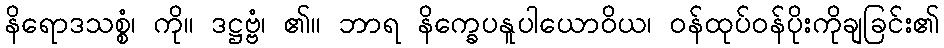
နိရောဒသစ္စံ၊ ကို။ ဒဋ္ဌဗ္ဗံ၊ ၏။ ဘာရ နိက္ခေပနူပါယောဝိယ၊ ဝန်ထုပ်ဝန်ပိုးကိုချခြင်း၏